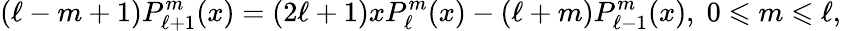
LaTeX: (\ell-m+1)P_{\ell+1}^{m}(x)=(2\ell+1)xP_{\ell}^{m}(x)-(\ell+m)P_{\ell-1}^{m}(x),\; 0\leqslant m\leqslant\ell,